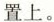
置上。